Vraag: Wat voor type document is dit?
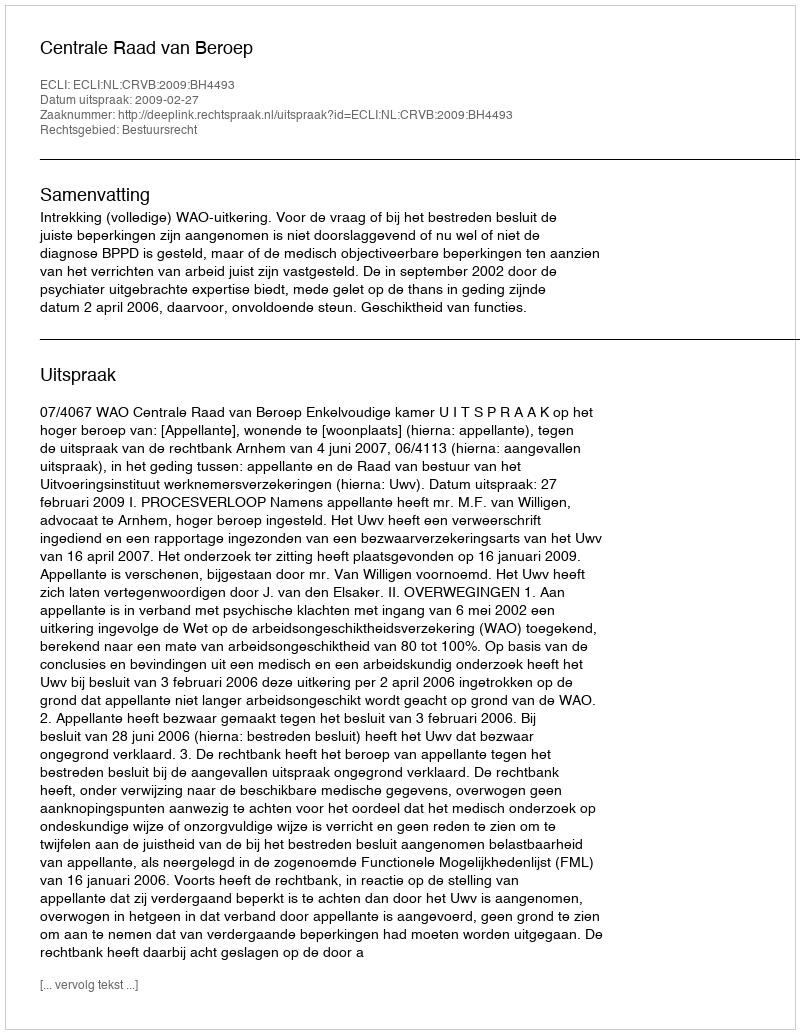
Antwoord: Uitspraak